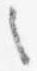
之